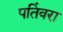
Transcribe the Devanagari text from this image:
पतिंवरा